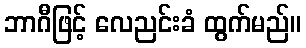
ဘာဂီဖြင့် လေညင်းခံ ထွက်မည်။